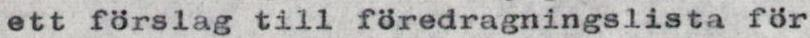
ett förslag till föredragningslista för